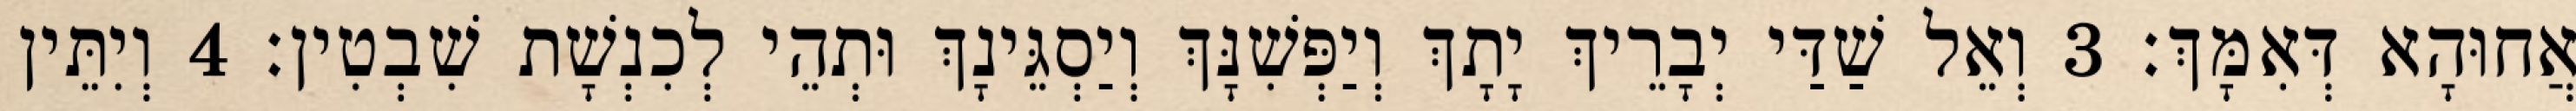
אֲחוּהָא דְּאִמָּךְ׃ 3 וְאֵל שַׁדַּי יְבָרֵיךְ יָתָךְ וְיַפְּשִׁנָּךְ וְיַסְגֵּינָךְ וּתְהֵי לְכִנְשָׁת שִׁבְטִין׃ 4 וְיִתֵּין